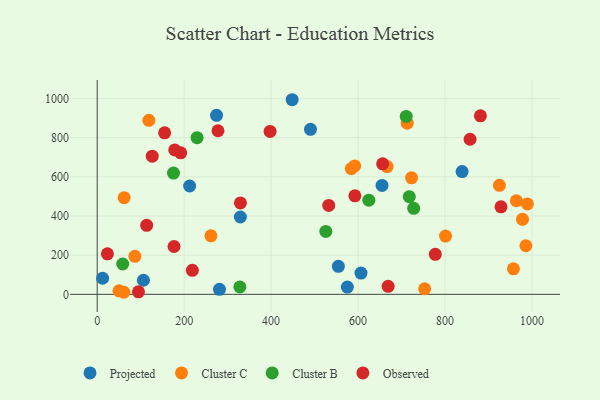
{"axis": {"x": "Ad Spend", "y": "Demand"}, "legend": ["Cluster B", "Cluster C", "Observed", "Projected"], "data": [{"x": "448.4", "y": 994.1, "type": "Projected"}, {"x": "12.5", "y": 82.1, "type": "Projected"}, {"x": "575.3", "y": 36.9, "type": "Projected"}, {"x": "839.2", "y": 626.9, "type": "Projected"}, {"x": "106.3", "y": 71.8, "type": "Projected"}, {"x": "554.6", "y": 143.2, "type": "Projected"}, {"x": "281.2", "y": 25.8, "type": "Projected"}, {"x": "329.3", "y": 395.0, "type": "Projected"}, {"x": "212.6", "y": 553.3, "type": "Projected"}, {"x": "655.1", "y": 556.2, "type": "Projected"}, {"x": "274.5", "y": 914.6, "type": "Projected"}, {"x": "606.7", "y": 108.5, "type": "Projected"}, {"x": "490.5", "y": 842.8, "type": "Projected"}, {"x": "62.0", "y": 493.5, "type": "Cluster C"}, {"x": "86.6", "y": 194.1, "type": "Cluster C"}, {"x": "957.3", "y": 130.4, "type": "Cluster C"}, {"x": "666.8", "y": 652.4, "type": "Cluster C"}, {"x": "925.0", "y": 556.8, "type": "Cluster C"}, {"x": "985.9", "y": 248.2, "type": "Cluster C"}, {"x": "801.1", "y": 297.6, "type": "Cluster C"}, {"x": "964.0", "y": 478.0, "type": "Cluster C"}, {"x": "753.1", "y": 28.2, "type": "Cluster C"}, {"x": "978.1", "y": 383.3, "type": "Cluster C"}, {"x": "989.3", "y": 461.8, "type": "Cluster C"}, {"x": "50.1", "y": 18.1, "type": "Cluster C"}, {"x": "61.4", "y": 10.5, "type": "Cluster C"}, {"x": "584.4", "y": 641.7, "type": "Cluster C"}, {"x": "118.9", "y": 888.8, "type": "Cluster C"}, {"x": "723.0", "y": 595.1, "type": "Cluster C"}, {"x": "712.9", "y": 874.2, "type": "Cluster C"}, {"x": "592.1", "y": 656.0, "type": "Cluster C"}, {"x": "261.6", "y": 298.8, "type": "Cluster C"}, {"x": "525.8", "y": 321.3, "type": "Cluster B"}, {"x": "710.7", "y": 908.7, "type": "Cluster B"}, {"x": "175.5", "y": 619.3, "type": "Cluster B"}, {"x": "727.9", "y": 439.1, "type": "Cluster B"}, {"x": "717.8", "y": 498.9, "type": "Cluster B"}, {"x": "229.7", "y": 800.2, "type": "Cluster B"}, {"x": "58.7", "y": 154.9, "type": "Cluster B"}, {"x": "624.7", "y": 481.2, "type": "Cluster B"}, {"x": "328.1", "y": 38.0, "type": "Cluster B"}, {"x": "592.6", "y": 503.0, "type": "Observed"}, {"x": "881.3", "y": 911.7, "type": "Observed"}, {"x": "126.6", "y": 705.9, "type": "Observed"}, {"x": "532.5", "y": 453.9, "type": "Observed"}, {"x": "176.7", "y": 244.3, "type": "Observed"}, {"x": "397.6", "y": 832.2, "type": "Observed"}, {"x": "94.9", "y": 12.9, "type": "Observed"}, {"x": "656.4", "y": 666.7, "type": "Observed"}, {"x": "113.8", "y": 352.6, "type": "Observed"}, {"x": "192.0", "y": 722.9, "type": "Observed"}, {"x": "277.8", "y": 835.6, "type": "Observed"}, {"x": "218.8", "y": 122.7, "type": "Observed"}, {"x": "928.7", "y": 446.8, "type": "Observed"}, {"x": "329.4", "y": 467.0, "type": "Observed"}, {"x": "178.3", "y": 737.7, "type": "Observed"}, {"x": "669.1", "y": 40.9, "type": "Observed"}, {"x": "155.1", "y": 825.0, "type": "Observed"}, {"x": "857.5", "y": 792.2, "type": "Observed"}, {"x": "23.5", "y": 206.8, "type": "Observed"}, {"x": "777.5", "y": 204.4, "type": "Observed"}]}